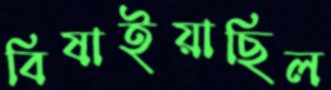
বিষাইয়াছিল